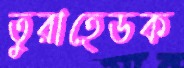
তুরাহেডক